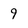
Character: 9